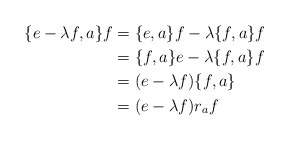
\begin{align*}\{e-\lambda f, a\}f &= \{e,a\}f - \lambda\{f,a\}f\\&= \{f,a\}e - \lambda \{f,a\}f \\&= (e-\lambda f)\{f,a\} \\&= (e-\lambda f)r_af\end{align*}